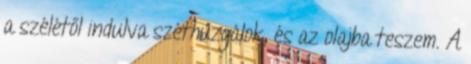
a szélétől indulva széthúzgálok, és az olajba teszem. A